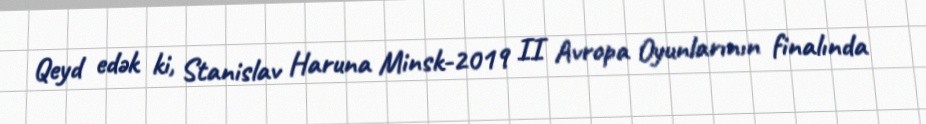
Qeyd edək ki, Stanislav Haruna Minsk-2019 II Avropa Oyunlarının finalında